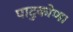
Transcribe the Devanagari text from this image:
पादुकोण।